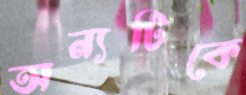
অন্যটিকে